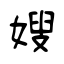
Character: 嫂